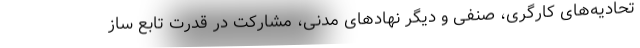
تحادیه‌های کارگری، صنفی و دیگر نهادهای مدنی، مشارکت در قدرت تابع ساز